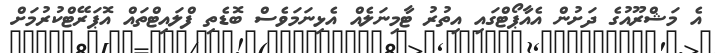
އެ މަޝްރޫއުގެ ދަށުން އެއާޕޯޓްގައި އިތުރު ޓާމިނަލެއް އެޅިނަމަވެސް ބޮޑެތި ފްލައިޓްތައް އޮޕަރޭޓްކުރުމަށް